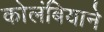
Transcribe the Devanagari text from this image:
कोलंबियाने